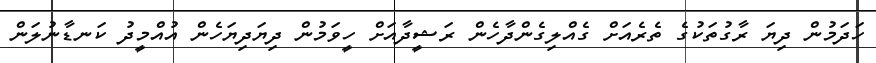
ހަދަމުން ދިޔަ ރާގުތަކުގެ ތެރެއަށް ގެއްލިގެންދާހެން ރަޝީދާއަށް ހީވަމުން ދިޔަދިޔަހެން އުއްމީދު ކަނޑާނުލަން